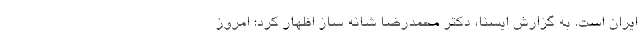
ایران است. به گزارش ایسنا، دکتر محمدرضا شانه ساز اظهار کرد: امروز